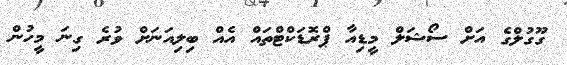
ގޫގުލްގެ އަށް ސޯޝަލް މީޑިއާ ޕްރޮޑަކްޓްތައް އެއް ބިލިއަނަށް ވުރެ ގިނަ މީހުން